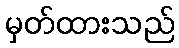
မှတ်ထားသည်